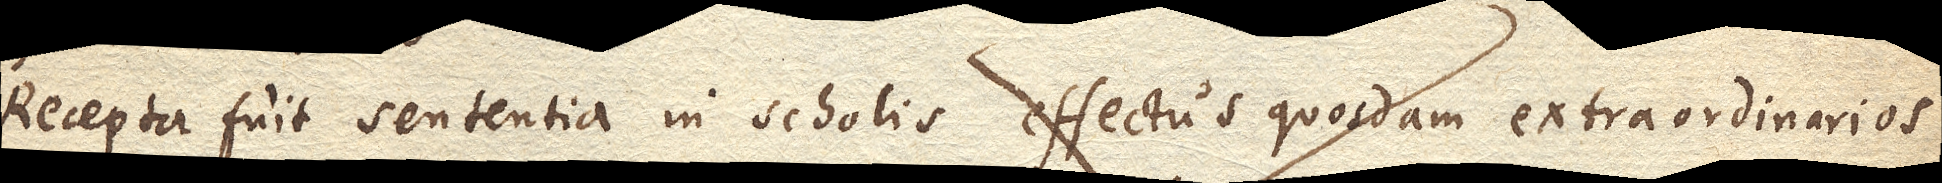
Recepta fuit sententia in scholis effectus quosdam extraordinarios